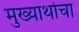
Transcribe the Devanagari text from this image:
मुख्यार्थाचा